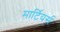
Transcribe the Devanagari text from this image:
मार्टियर्स